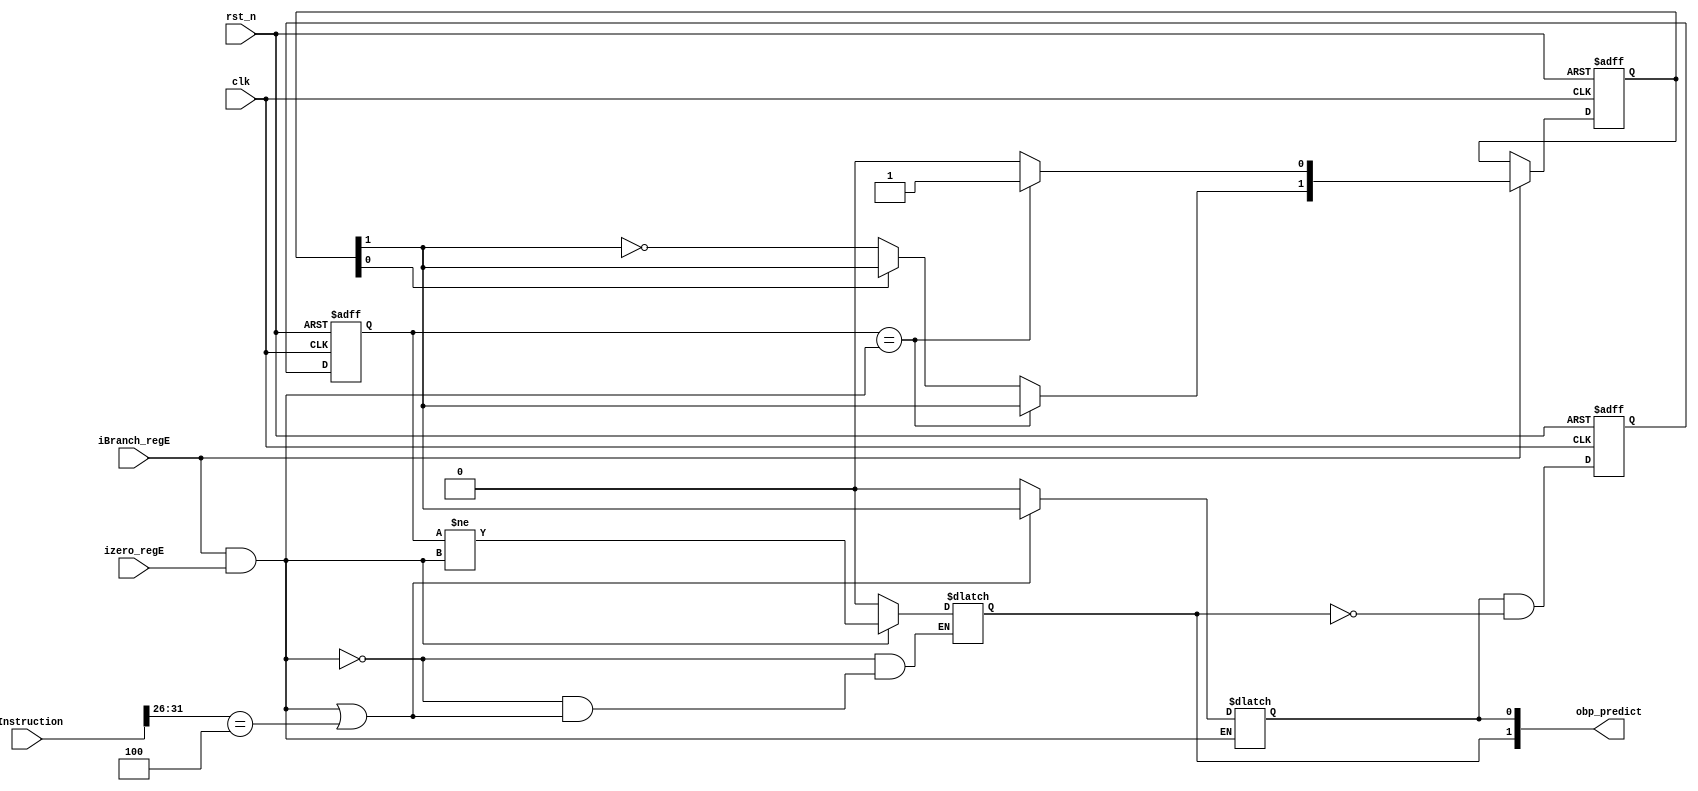
module branch_predict(
//i/p    
    clk,
    rst_n,
    iInstruction,
    izero_regE,
    iBranch_regE,
//    ibranch_addr_RegE_r,
//o/p
    obp_predict //[1] IS FLUSH_BIT, PC SHOULD EAT BPTH 2 BITS
);

input clk;
input rst_n;
input [31:0] iInstruction;
input izero_regE;
input iBranch_regE;
//input ibranch_addr_RegE_r;

output reg [1:0] obp_predict;
//output reg obp_flush;

wire beq_secc, beq_inst;
reg [1:0] bp_state, nxt_state;
reg pre_regD, pre_regE;

assign beq_secc = (iBranch_regE & izero_regE);
assign beq_inst = (iInstruction[31:26] == 6'd4);

always@ (*) begin//STATE TRANSITION
    nxt_state = bp_state;
    if(iBranch_regE) begin
        if(pre_regE == beq_secc)
            nxt_state[0] = 1;
        else if(bp_state[0] == 0)
            nxt_state[1] = ~bp_state[1];
        else
            nxt_state[0] = 0;
    end
end

always@ (*) begin//O/P CTRL
    if(beq_secc) begin
        obp_predict[1] = (pre_regE != beq_secc);
    end else if(beq_secc | beq_inst) begin
        obp_predict[0] = bp_state[1];
    end else
        obp_predict = 2'b00;
    
end


always @(posedge clk or negedge rst_n) begin
    if(~rst_n) begin
        bp_state <= 2'b00;
        pre_regD <= 0;
        pre_regE <= 0;
    end else begin
        bp_state <= nxt_state;
        pre_regD <= (obp_predict[0] & ~(obp_predict[1]));
        pre_regE <= pre_regD;
    end
end
endmodule // branch_predict